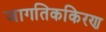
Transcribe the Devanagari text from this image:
जागतिककिरण